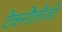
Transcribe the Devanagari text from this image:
टैकनौेलौजी